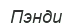
Пэнди